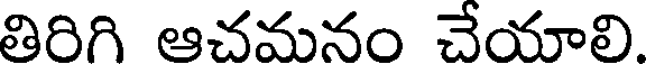
తిరిగి ఆచమనం చేయాలి.